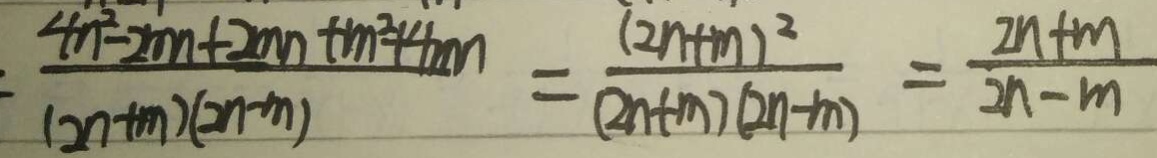
\frac { 4 n ^ { 2 } - 2 m n + 2 m n + m ^ { 2 } + 4 m n } { ( 2 n + m ) ( 2 n - m ) } = \frac { ( 2 n + m ) ^ { 2 } } { ( 2 n + m ) ( 2 n - m ) } = \frac { 2 n + m } { 2 n - m }